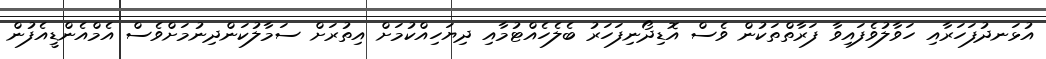
އުޅަނދުފަހަރާއި ހަވާލުވެފައިވާ ފަރާތްތަކުން ވެސް އޮޑިދޯނިފަހަރު ބެލެހެއްޓުމާއި ދިޔަހިއްކުމަށް އިތުރަށް ސަމާލުކަންދިނުމަށްވެސް އެމްއެންޑީއެފުން